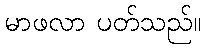
မာဖလာ ပတ်သည်။